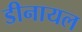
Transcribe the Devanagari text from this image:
डीनायल